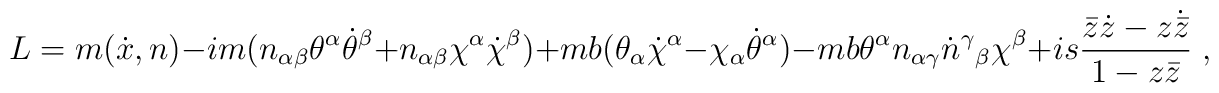
L=m(\dot{x},n)-im(n_{\alpha\beta}\theta^\alpha\dot{\theta}^\beta+n_{\alpha\beta}\chi^\alpha\dot{\chi}^\beta)+mb(\theta_\alpha\dot{\chi}^\alpha-\chi_\alpha\dot{\theta}^\alpha)-mb\theta^\alpha n_{\alpha\gamma}\dot{n}^\gamma{}_\beta\chi^\beta+is\frac{\bar{z}\dot{z}-z\dot{\bar{z}}}{1-z\bar{z}}\;,